Report on sanitation, dispensaries, and jails in Rajputana for 1916, and on vaccination for the year 1916-1917 - 1916-1917
Year: 1916
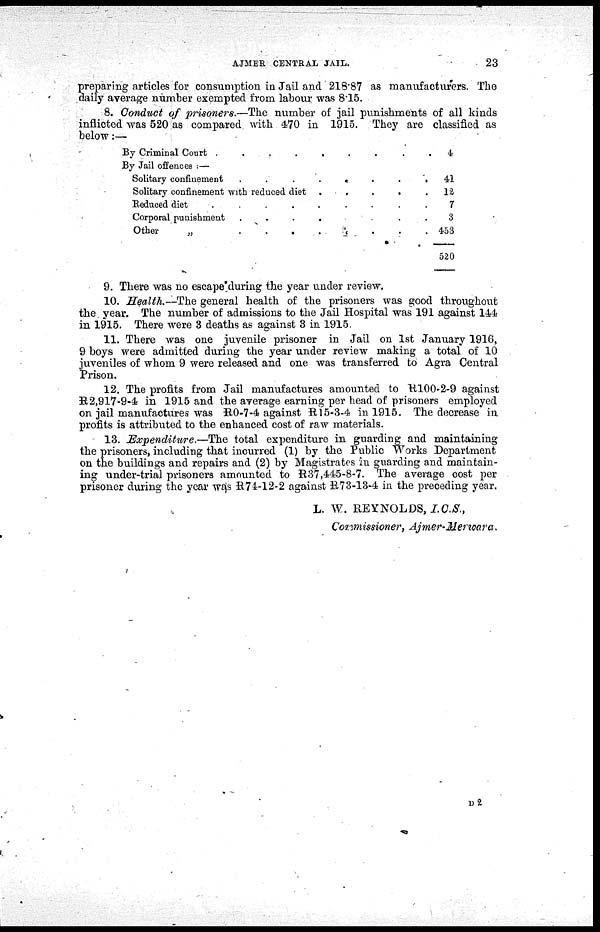
AJMER CENTRAL JAIL.
23
preparing articles for consumption in Jail and 218.87 as manufacturers. The
daily average number exempted from labour was 8.15.
8. Conduct of prisoners.—The number of jail punishments of all kinds
inflicted was 520 as compared with 470 in 1915. They are classified as
below:—
By Criminal Court . . . . . . . . .
By Jail offences:—
Solitary confinement
.
.
.
.
.
.
.
.
Solitary confinement with reduced diet
.
.
.
Reduced diet
.
.
.
.
.
.
.
.
.
Corporal punishment
.
.
.
.
.
.
.
Other
„
.
.
.
.
.
.
.
.
4
41
12
7
3
453
520
9. There was no escape during the year under review.
10. Health.—The general health of the prisoners was good throughout
the year. The number of admissions to the Jail Hospital was 191 against 144
in 1915. There were 3 deaths as against 3 in 1915.
11. There was one juvenile prisoner in Jail on 1st January 1916,
9 boys were admitted during the year under review making a total of 10
juveniles of whom 9 were released and one was transferred to Agra Central
Prison.
12. The profits from Jail manufactures amounted to R100-2-9 against
R 2,917-9-4 in 1915 and the average earning per head of prisoners employed
on jail manufactures was R0-7-4 against R15-3-4 in 1915. The decrease in
profits is attributed to the enhanced cost of raw materials.
13. Expenditure.—The total expenditure in guarding and maintaining
the prisoners, including that incurred (1) by the Public Works Department
on the buildings and repairs and (2) by Magistrates in guarding and maintain-
ing under-trial prisoners amounted to R37,445-8-7. The average cost per
prisoner during the year was R74-12-2 against R73-13-4 in the preceding year.
L. W. REYNOLDS, I.C.S.,
Commissioner, Ajmer-Merwara.
D 2